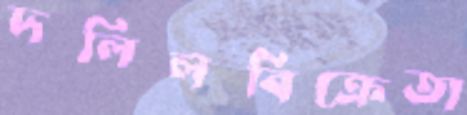
দলিলবিক্রেতা